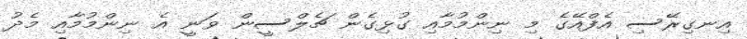
އިނގިރޭސި އެފްއޭގެ މި ނިންމުމާއި ގުޅިގެން ޗެލްސީން ވަނީ އެ ނިންމުމާއި މެދު